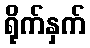
ရိုက်နှက်